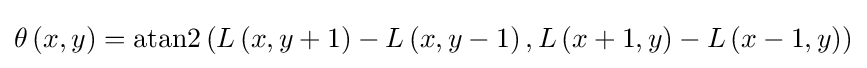
\theta \left(x,y\right)=\mathrm {atan2} \left(L\left(x,y+1\right)-L\left(x,y-1\right),L\left(x+1,y\right)-L\left(x-1,y\right)\right)